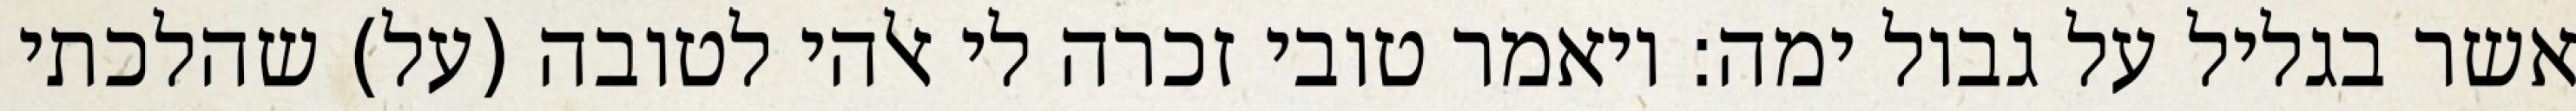
אשר בגליל על גבול ימה: ויאמר טובי זכרה לי אלהי לטובה (על) שהלכתי